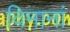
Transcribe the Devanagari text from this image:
विमानां